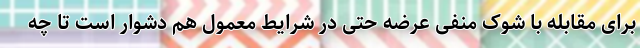
برای مقابله با شوک منفی عرضه حتی در شرایط معمول هم دشوار است تا چه